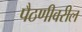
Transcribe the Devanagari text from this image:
पैठणीवरील